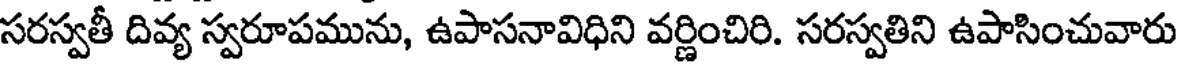
సరస్వతీ దివ్య స్వరూపమును, ఉపాసనావిధిని వర్ణించిరి. సరస్వతిని ఉపాసించువారు